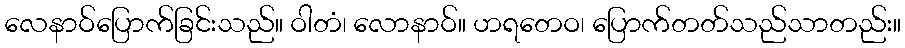
လေနာဝ်ပြောက်ခြင်းသည်။ ဝါတံ၊ လောနာဝ်။ ဟရတေဝ၊ ပြောက်တတ်သည်သာတည်း။